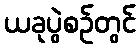
ယခုပွဲစဉ်တွင်